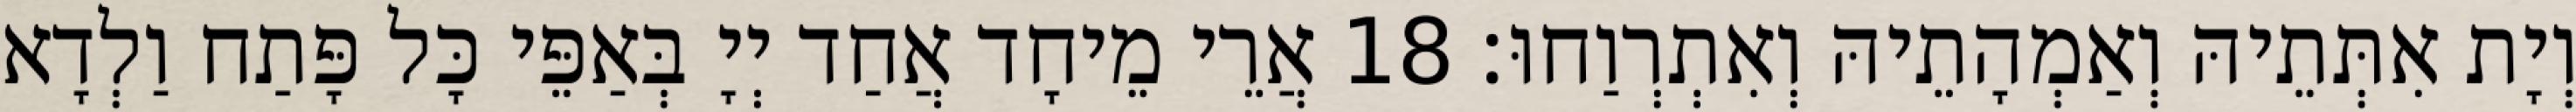
וְיָת אִתְּתֵיהּ וְאַמְהָתֵיהּ וְאִתְרְוַחוּ׃ 18 אֲרֵי מֵיחָד אֲחַד יְיָ בְּאַפֵּי כָּל פָּתַח וַלְדָא